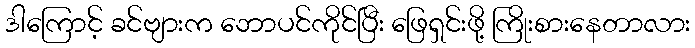
ဒါကြောင့် ခင်ဗျားက ဘောပင်ကိုင်ပြီး ဖြေရှင်းဖို့ ကြိုးစားနေတာလား